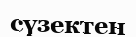
сүзектен